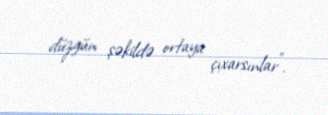
düzgün şəkildə ortaya çıxarsınlar”.